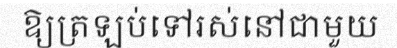
ឱ្យត្រឡប់ទៅរស់នៅជាមួយ